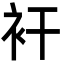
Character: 衦